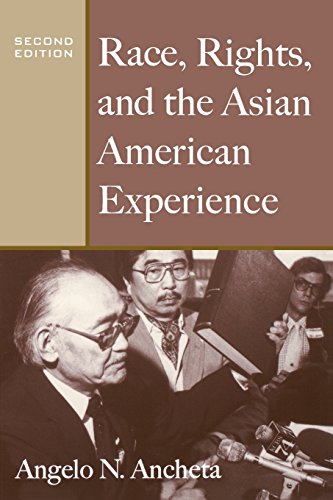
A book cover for Race, Rights, and the Asian American Experience; Angelo N Ancheta; Law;